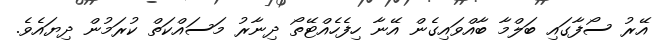
އޭރު ސޯފާގައި ބަލްމާ ބާއްވައިގެން އޭނާ ހިފެހެއްޓޭތޯ ދިނާރު މަސައްކަތް ކުރަމުން ދިޔައެވެ.